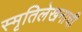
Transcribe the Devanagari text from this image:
स्मृतिलेखनाची